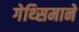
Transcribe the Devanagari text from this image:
गेथ्सिमाने